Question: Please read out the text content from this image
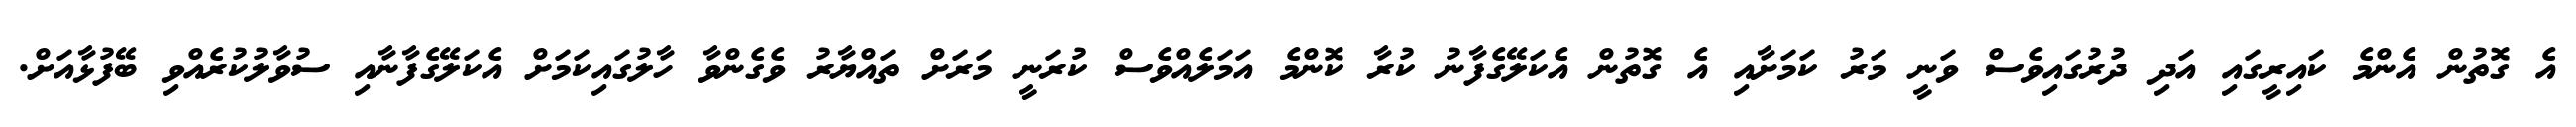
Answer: އެ ގޮތުން އެންމެ ކައިރީގައި އަދި ދުރުގައިވެސް ވަނީ މަރު ކަމަށާއި އެ ގޮތުން އެކަލޭގެފާނު ކުރާ ކޮންމެ އަމަލެއްވެސް ކުރަނީ މަރަށް ތައްޔާރު ވެގެންވާ ހާލުގައިކަމަށް އެކަލޭގެފާނާއި ސުވާލުކުރެއްވި ބޭފުޅާއަށް.